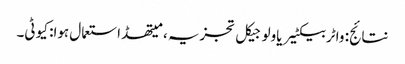
نتائج: واٹر بیکٹیریاولوجیکل تجزیہ ، میتھڈ استعمال ہوا: کیو ٹی۔